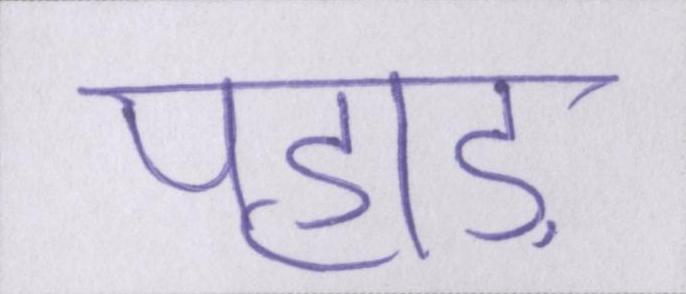
पहाड़